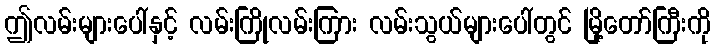
ဤလမ်းများပေါ်နှင့် လမ်းကြိုလမ်းကြား လမ်းသွယ်များပေါ်တွင် မြို့တော်ကြီးကို